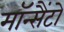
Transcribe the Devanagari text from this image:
मॉन्सैंटो